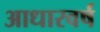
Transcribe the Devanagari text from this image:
आधारवर्ष